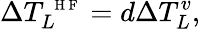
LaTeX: \Delta T_{L}^{\mathrm{~\scriptsize~H~F~}}=d\Delta T_{L}^{v},